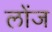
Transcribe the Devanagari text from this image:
लोंज